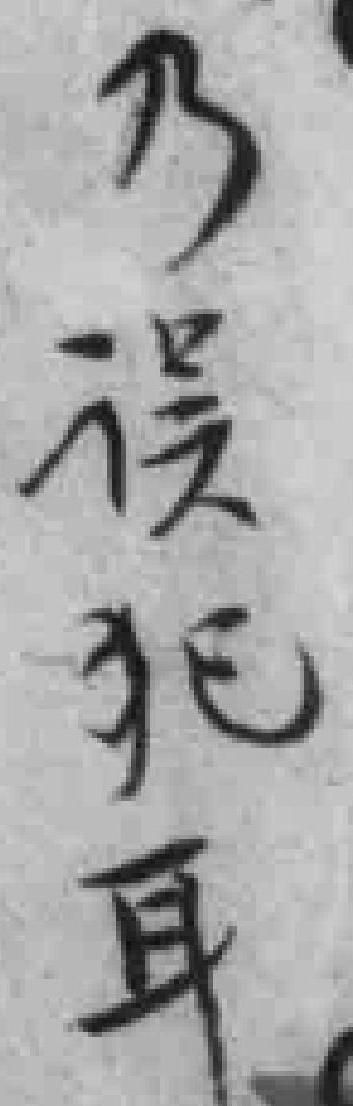
乃误犯耳